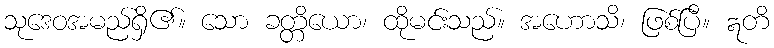
သုဒေဝအမည်ရှိ၏။ သော ခတ္တိယော၊ ထိုမင်းသည်။ အဟောသိ၊ ဖြစ်ပြီ။ ဣတိ